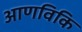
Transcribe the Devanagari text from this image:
आणविकि